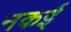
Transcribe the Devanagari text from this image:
नकई